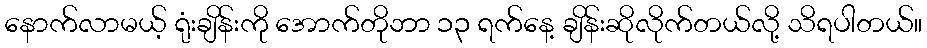
နောက်လာမယ့် ရုံးချိန်းကို အောက်တိုဘာ ၁၃ ရက်နေ့ ချိန်းဆိုလိုက်တယ်လို့ သိရပါတယ်။